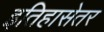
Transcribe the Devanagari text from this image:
इतिहासेतर